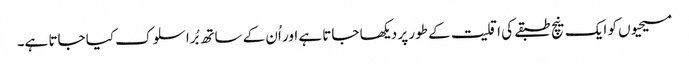
مسیحیوں کو ایک نیچ طبقے کی اقلیت کے طور پر دیکھا جاتا ہے اور اُن کے ساتھ بُرا سلوک کیا جاتا ہے۔